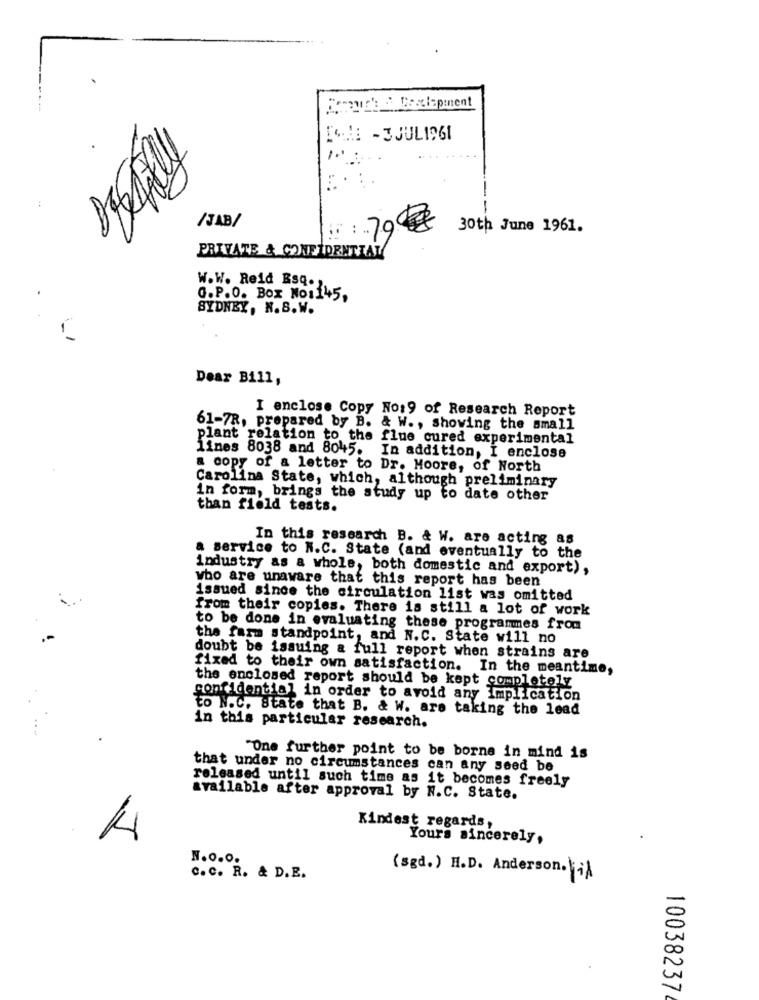
Fonds & Desclapment
-
/JAB/
.. 7
30th June 1961.
PRIVATE & CONFIDENTIAL
W.W. Reid Esq.1.
Q. P.O. Box No:145,
SYDNEY, N.S.W.
Dear Bill,
I enclose Copy No:9 of Research Report
61-7R, prepared by B. & W ., showing the small
plant relation to the flue cured experimental
lines 8038 and 8045. In addition, I enclose
a copy of a letter to Dr. Moore, of North
Carolina State, which, although preliminary
in form, brings the study up to date other
than field tests.
In this research B. & W. are acting as
a service to N.C. State (and eventually to the
industry as a whole, both domestic and export),
who are unaware that this report has been
issued since the circulation list was omitted
from their copies. There is still a lot of work
to be done in evaluating these programmes from
the farm standpoint, and N.C. State will no
doubt be issuing a full report when strains are
fixed to their own satisfaction. In the meantime,
the enclosed report should be kept completely
confidential in order to avoid any Implication
to N.C. State that B. & W. are taking the lead
in this particular research.
"One further point to be borne in mind is
that under no circumstances can any seed be
released until such time as it becomes freely
available after approval by N.C. State.
Kindest regards,
Yours sincerely,
N.O.0.
(sgd.) H.D. Anderson.il
C. C. R. & D.E.
10038237